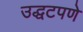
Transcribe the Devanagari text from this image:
उद्धटपणे